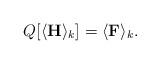
LaTeX: \begin{align*} Q[\langle\mathbf{H}\rangle_k]=\langle\mathbf{F}\rangle_k. \end{align*}